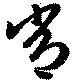
常